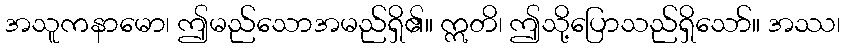
အသူကနာမော၊ ဤမည်သောအမည်ရှိ၏။ ဣတိ၊ ဤသို့ပြောသည်ရှိသော်။ အဿ၊